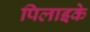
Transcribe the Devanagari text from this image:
पिलाइके